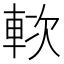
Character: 𨋰